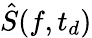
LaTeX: \hat{S}(f,t_{d})